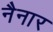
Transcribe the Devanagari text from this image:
नैनार